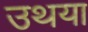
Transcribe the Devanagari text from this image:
उथया